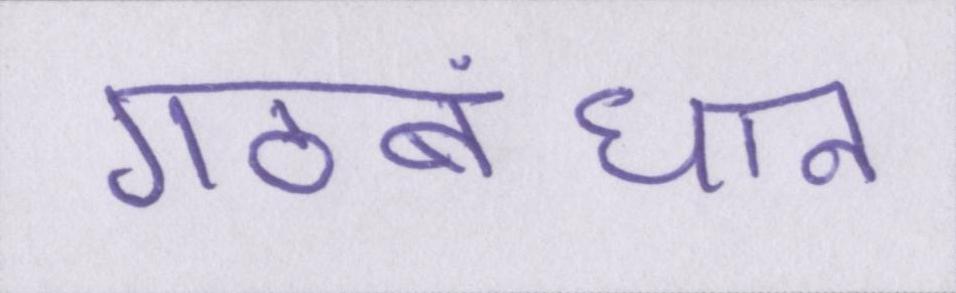
गठबंधान